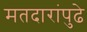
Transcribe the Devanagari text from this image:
मतदारांपुढे